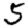
Digit: 5